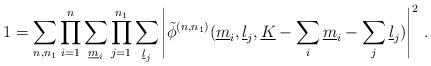
LaTeX: \begin{align*}1=\sum_{n,n_1} \prod_{i=1}^n \sum_{\underline{m}_i} \prod_{j=1}^{n_1}\sum_{\underline{l}_j} \left|\tilde{\phi}^{(n,n_1)}(\underline{m}_i,\underline{l}_j, \underline{K}-\sum_i\underline{m}_i-\sum_j\underline{l}_j) \right|^2\,.\end{align*}